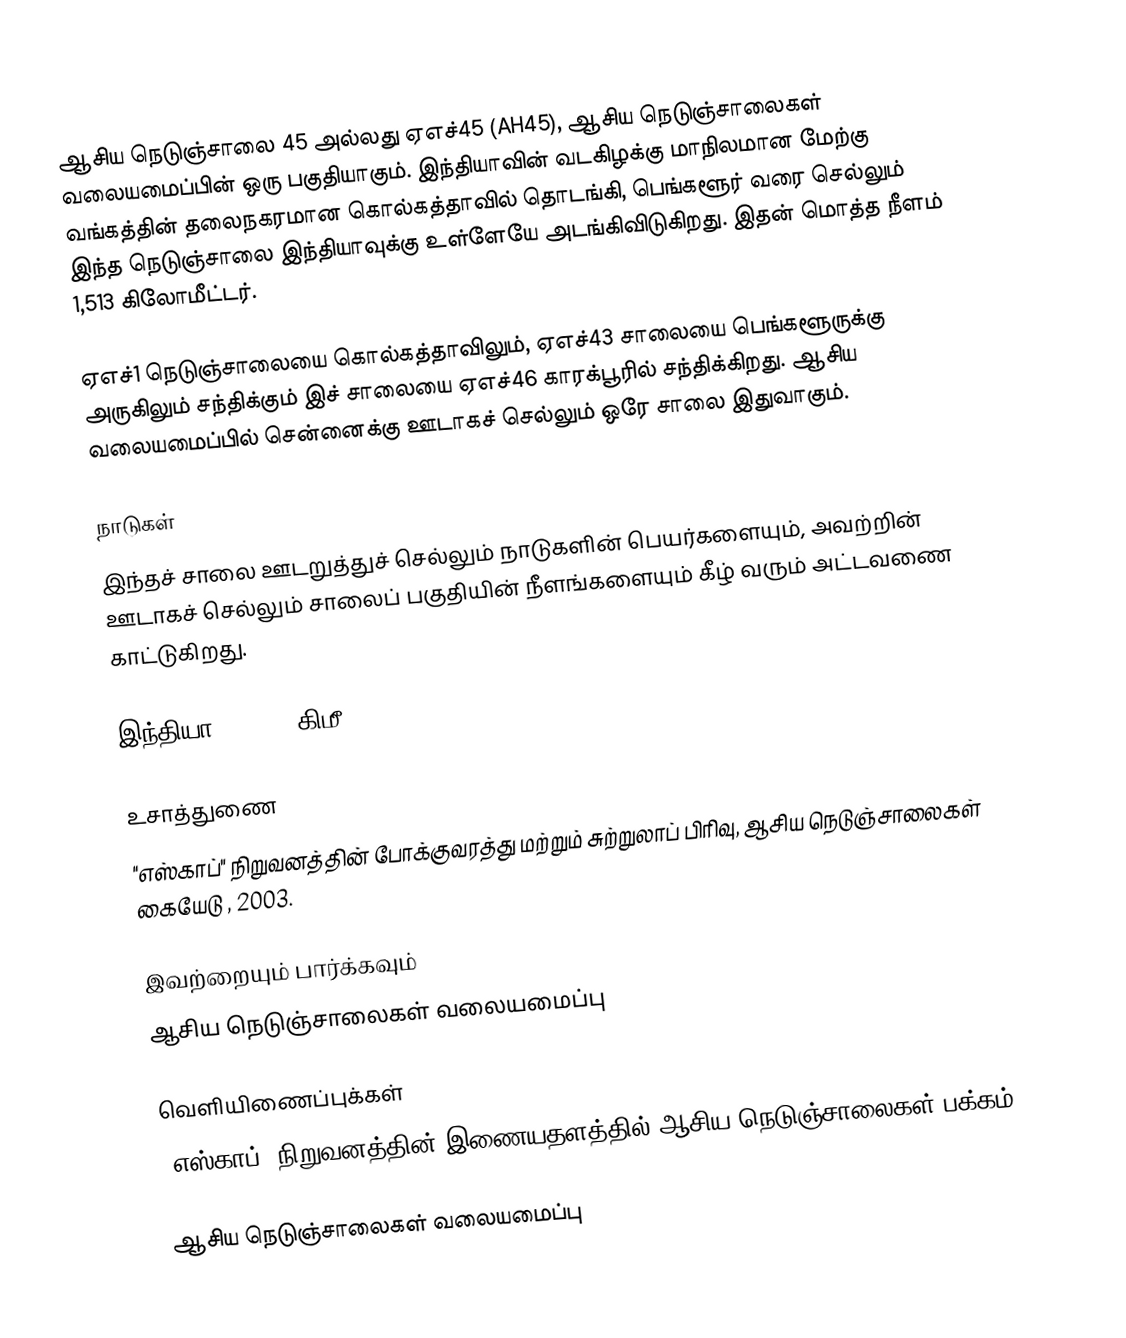
ஆசிய நெடுஞ்சாலை 45 அல்லது ஏஎச்45 (AH45), ஆசிய நெடுஞ்சாலைகள் வலையமைப்பின் ஒரு பகுதியாகும். இந்தியாவின் வடகிழக்கு மாநிலமான மேற்கு வங்கத்தின் தலைநகரமான கொல்கத்தாவில் தொடங்கி, பெங்களூர் வரை செல்லும் இந்த நெடுஞ்சாலை இந்தியாவுக்கு உள்ளேயே அடங்கிவிடுகிறது. இதன் மொத்த நீளம் 1,513 கிலோமீட்டர்.

ஏஎச்1 நெடுஞ்சாலையை கொல்கத்தாவிலும், ஏஎச்43 சாலையை பெங்களூருக்கு அருகிலும் சந்திக்கும் இச் சாலையை ஏஎச்46 காரக்பூரில் சந்திக்கிறது. ஆசிய வலையமைப்பில் சென்னைக்கு ஊடாகச் செல்லும் ஒரே சாலை இதுவாகும்.

நாடுகள்
இந்தச் சாலை ஊடறுத்துச் செல்லும் நாடுகளின் பெயர்களையும், அவற்றின் ஊடாகச் செல்லும் சாலைப் பகுதியின் நீளங்களையும் கீழ் வரும் அட்டவணை காட்டுகிறது.

 இந்தியா - 1,513 கிமீ

உசாத்துணை
 "எஸ்காப்" நிறுவனத்தின் போக்குவரத்து மற்றும் சுற்றுலாப் பிரிவு, ஆசிய நெடுஞ்சாலைகள் கையேடு , 2003.

இவற்றையும் பார்க்கவும்
 ஆசிய நெடுஞ்சாலைகள் வலையமைப்பு

வெளியிணைப்புக்கள்
 "எஸ்காப்" நிறுவனத்தின் இணையதளத்தில் ஆசிய நெடுஞ்சாலைகள் பக்கம்

 ஆசிய நெடுஞ்சாலைகள் வலையமைப்பு